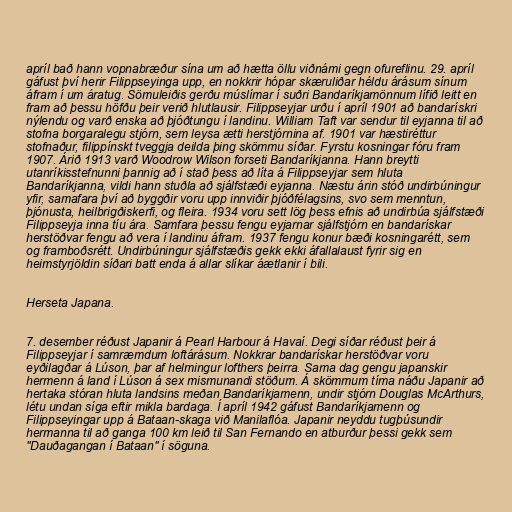
apríl bað hann vopnabræður sína um að hætta öllu viðnámi gegn ofureflinu. 29. apríl
gáfust því herir Filippseyinga upp, en nokkrir hópar skæruliðar héldu árásum sínum
áfram í um áratug. Sömuleiðis gerðu múslímar í suðri Bandaríkjamönnum lífið leitt en
fram að þessu höfðu þeir verið hlutlausir. Filippseyjar urðu í apríl 1901 að bandarískri
nýlendu og varð enska að þjóðtungu í landinu. William Taft var sendur til eyjanna til að
stofna borgaralegu stjórn, sem leysa ætti herstjórnina af. 1901 var hæstiréttur
stofnaður, filippínskt tveggja deilda þing skömmu síðar. Fyrstu kosningar fóru fram
1907. Árið 1913 varð Woodrow Wilson forseti Bandaríkjanna. Hann breytti
utanríkisstefnunni þannig að í stað þess að líta á Filippseyjar sem hluta
Bandaríkjanna, vildi hann stuðla að sjálfstæði eyjanna. Næstu árin stóð undirbúningur
yfir, samafara því að byggðir voru upp innviðir þjóðfélagsins, svo sem menntun,
þjónusta, heilbrigðiskerfi, og fleira. 1934 voru sett lög þess efnis að undirbúa sjálfstæði
Filippseyja inna tíu ára. Samfara þessu fengu eyjarnar sjálfstjórn en bandarískar
herstöðvar fengu að vera í landinu áfram. 1937 fengu konur bæði kosningarétt, sem
og framboðsrétt. Undirbúningur sjálfstæðis gekk ekki áfallalaust fyrir sig en
heimstyrjöldin síðari batt enda á allar slíkar áætlanir í bili.

Herseta Japana.

7. desember réðust Japanir á Pearl Harbour á Havaí. Degi síðar réðust þeir á
Filippseyjar í samræmdum loftárásum. Nokkrar bandarískar herstöðvar voru
eyðilagðar á Lúson, þar af helmingur lofthers þeirra. Sama dag gengu japanskir
hermenn á land í Lúson á sex mismunandi stöðum. Á skömmum tíma náðu Japanir að
hertaka stóran hluta landsins meðan Bandaríkjamenn, undir stjórn Douglas McArthurs,
létu undan síga eftir mikla bardaga. Í apríl 1942 gáfust Bandaríkjamenn og
Filippseyingar upp á Bataan-skaga við Manilaflóa. Japanir neyddu tugþúsundir
hermanna til að ganga 100 km leið til San Fernando en atburður þessi gekk sem
"Dauðagangan í Bataan" í söguna.